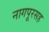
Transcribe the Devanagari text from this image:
नागपूरसह